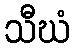
သီဃံ